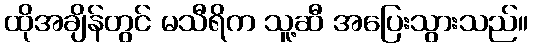
ထိုအချိန်တွင် မသီရိက သူ့ဆီ အပြေးသွားသည်။